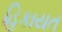
હિકાયત